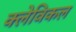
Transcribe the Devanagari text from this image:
क्लेविकल